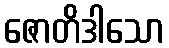
ဇောတိဒါသော